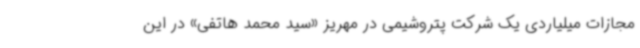
مجازات میلیاردی یک شرکت پتروشیمی در مهریز «سید محمد هاتفی» در این